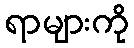
ရာများကို